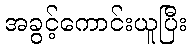
အခွင့်ကောင်းယူပြီး